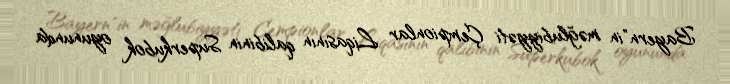
Bayern"in məğlubiyyəti Çempionlar Liqasının qalibinin Superkubok oyununda